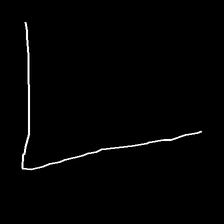
Glyph: region